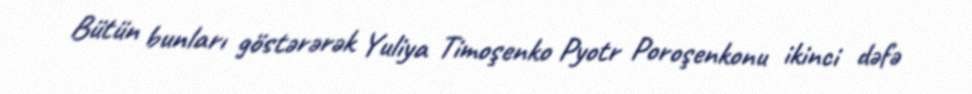
Bütün bunları göstərərək Yuliya Timoşenko Pyotr Poroşenkonu ikinci dəfə